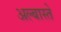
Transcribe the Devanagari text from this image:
अल्बास्ते